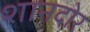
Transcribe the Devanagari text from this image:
शानदोर